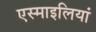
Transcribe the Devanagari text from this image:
एस्माइलियां